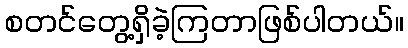
စတင်တွေ့ရှိခဲ့ကြတာဖြစ်ပါတယ်။